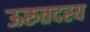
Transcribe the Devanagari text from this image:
ऊरुतदस्य